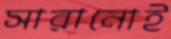
সারানোই